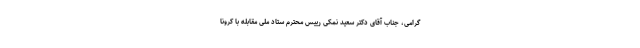
گرامی، جناب آقای دکتر سعید نمکی رییس محترم ستاد ملی مقابله با کرونا